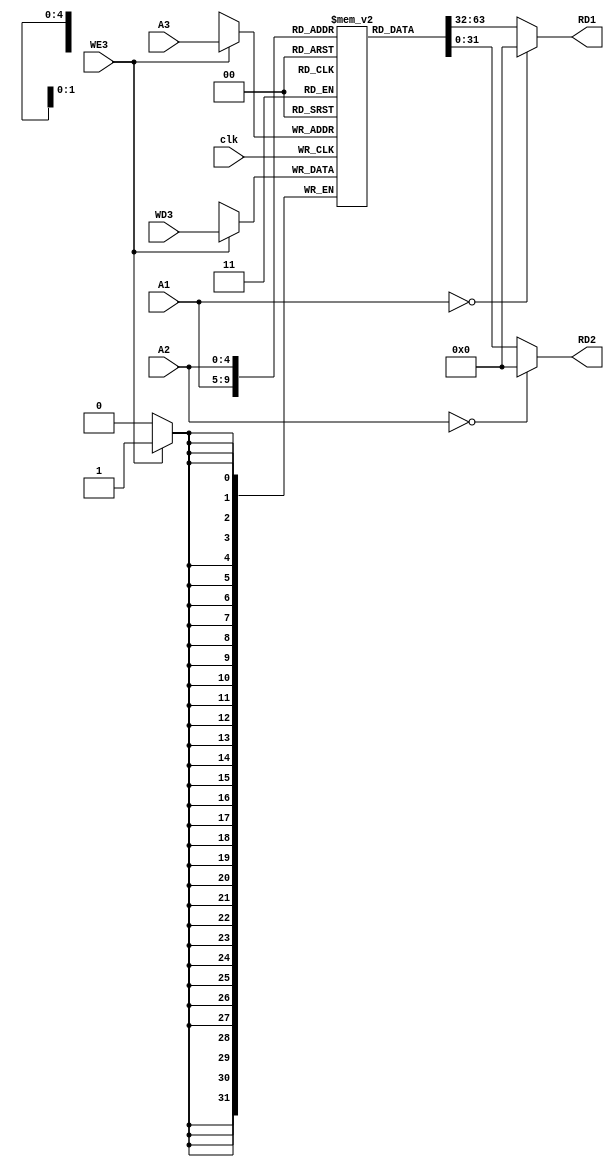


module Register_File(
 input wire [4:0] A1,
 input wire [4:0] A2,
 input wire [4:0] A3,
 output wire [31:0] RD1,
 output wire [31:0] RD2,
input wire [31:0] WD3,
input wire WE3,
input wire clk);

//variabes
reg [31:0] register [31:0];//adress  ezafe she mire paeen
 
 
//read regs from file
//these sould be in testbench only.
// $readmemb ("register.dat",register);
// #display("******************");


  
 assign RD1=(A1==5'b0)? 32'b0:register[A1];
 assign RD2=(A2==5'b0)? 32'b0:register[A2];
 
 always @ (posedge clk)
  begin 
  if (WE3)
   begin
    register[A3]=WD3;	
	 end//if
	 
  end//alw




endmodule